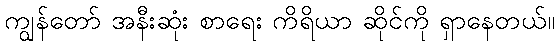
ကျွန်တော် အနီးဆုံး စာရေး ကိရိယာ ဆိုင်ကို ရှာနေတယ်။